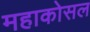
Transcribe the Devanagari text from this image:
महाकोसल